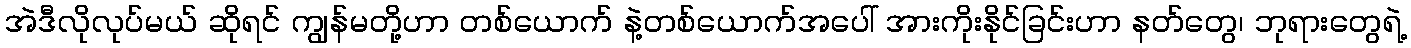
အဲဒီလိုလုပ်မယ် ဆိုရင် ကျွန်မတို့ဟာ တစ်ယောက် နဲ့တစ်ယောက်အပေါ် အားကိုးနိုင်ခြင်းဟာ နတ်တွေ၊ ဘုရားတွေရဲ့